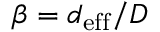
\beta = d _ { \mathrm { e f f } } / D